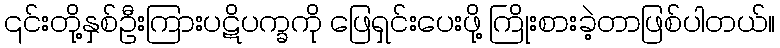
၎င်းတို့နှစ်ဦးကြားပဋိပက္ခကို ဖြေရှင်းပေးဖို့ ကြိုးစားခဲ့တာဖြစ်ပါတယ်။